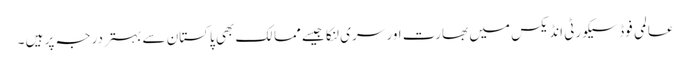
عالمی فوڈ سیکورٹی انڈیکس میں بھارت اور سری لنکا جیسے ممالک بھی پاکستان سے بہتر درجہ پر ہیں ۔